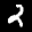
Label: 2